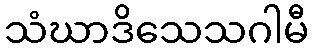
သံဃာဒိသေသဂါမီ